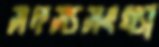
সদস্যসংখ্যা